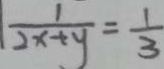
\frac { 1 } { 2 x + y } = \frac { 1 } { 3 }